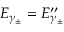
E _ { \gamma _ { \pm } } = E _ { \gamma _ { \pm } } ^ { \prime \prime }